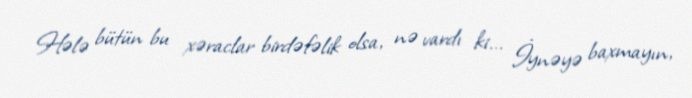
Hələ bütün bu xəraclar birdəfəlik olsa, nə vardı ki... İynəyə baxmayın,